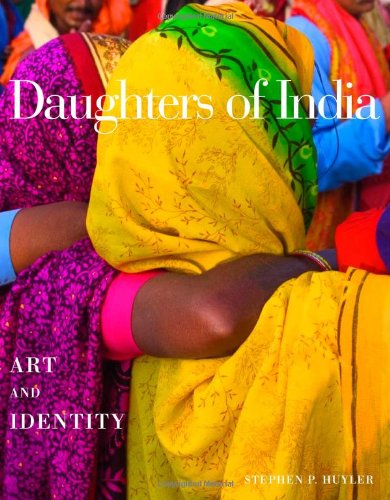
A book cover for Daughters of India: Art and Identity; Stephen P. Huyler; Gay & Lesbian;